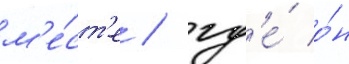
м'е́ст'е / гд'е́ о́н